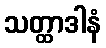
သတ္ထာဒါနံ